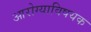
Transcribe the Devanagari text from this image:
आरोग्याविषयक